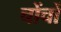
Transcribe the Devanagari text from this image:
चोंचों